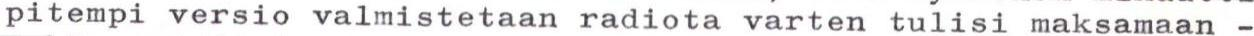
pitempi versio valmistetaan radiota varten tulisi maksamaan -